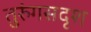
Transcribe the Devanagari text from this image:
तुरुंगसदृश